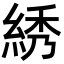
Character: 綉